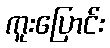
ကူးပြောင်း